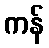
ကန်